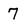
Character: 7